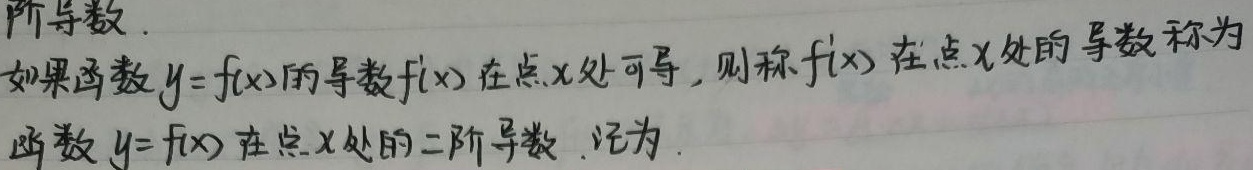
阶导数.
如果函数$y = f(x)$的导数$f'(x)$在点$x$处可导，则称$f'(x)$在点$x$处的导数称为
函数$y = f(x)$在点$x$处的二阶导数. 记为.